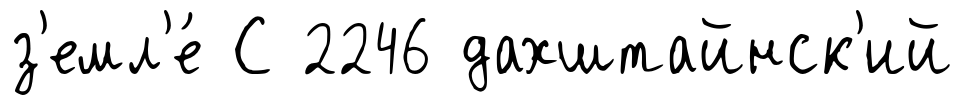
з'емл'е́ С 2246 дахштайнск'ий